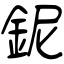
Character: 鈮